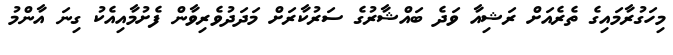
މިހަގުރާމައިގެ ތެރެއަށް ރަޝިއާ ވަދެ ބައްޝާރުގެ ސަރުކާރަށް މަދަދުވެރިވާން ފެށުމާއިއެކު ގިނަ އާންމު